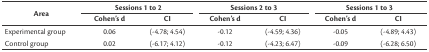
<table><thead><tr><td rowspan="2"><b>Area</b></td><td colspan="2"><b>Sessions 1 to 2</b></td><td colspan="2"><b>Sessions 2 to 3</b></td><td colspan="2"><b>Sessions 1 to 3</b></td></tr><tr><td><b>Cohen’s d</b></td><td><b>CI</b></td><td><b>Cohen’s d</b></td><td><b>CI</b></td><td><b>Cohen’s d</b></td><td><b>CI</b></td></tr></thead><tbody><tr><td>Experimental group</td><td>0.06</td><td>(-4.78; 4.54)</td><td>-0.12</td><td>(-4.59; 4.36)</td><td>-0.05</td><td>(-4.89; 4.43)</td></tr><tr><td>Control group</td><td>0.02</td><td>(-6.17; 4.12)</td><td>-0.12</td><td>(-4.23; 6.47)</td><td>-0.09</td><td>(-6.28; 6.50)</td></tr></tbody></table>